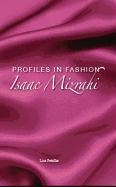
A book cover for Isaac Mizrahi (Profiles in Fashion); Lisa Petrillo; Teen & Young Adult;